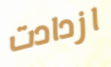
ازدادت